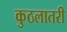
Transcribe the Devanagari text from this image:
कुठलातरी